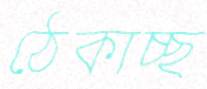
ঠেকাচ্ছ